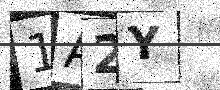
Text: 1A2Y